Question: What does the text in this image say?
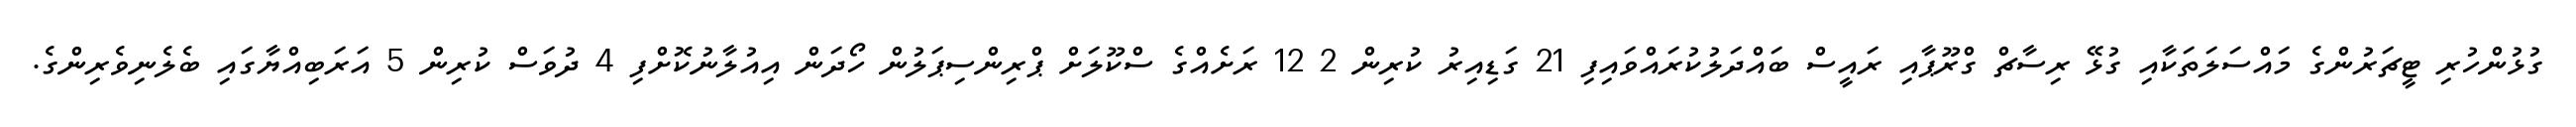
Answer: ގުޅުންހުރި ޓީޗަރުންގެ މައްސަލަތަކާއި ގުޅޭ ރިސާޗް ގްރޫޕާއި ރައީސް ބައްދަލުކުރައްވައިފި 21 ގަޑިއިރު ކުރިން 2 12 ރަށެއްގެ ސްކޫލަށް ޕްރިންސިޕަލުން ހޯދަން އިއުލާނުކޮށްފި 4 ދުވަސް ކުރިން 5 އަރަބިއްޔާގައި ބެލެނިވެރިންގެ.